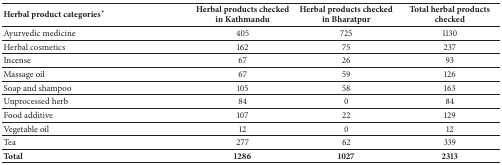
<table><thead><tr><td><b>Herbal product categories<sup>∗</sup></b></td><td><b>Herbal products checked in Kathmandu</b></td><td><b>Herbal products checked in Bharatpur</b></td><td><b>Total herbal products checked</b></td></tr></thead><tbody><tr><td>Ayurvedic medicine</td><td>405</td><td>725</td><td>1130</td></tr><tr><td>Herbal cosmetics</td><td>162</td><td>75</td><td>237</td></tr><tr><td>Incense</td><td>67</td><td>26</td><td>93</td></tr><tr><td>Massage oil</td><td>67</td><td>59</td><td>126</td></tr><tr><td>Soap and shampoo</td><td>105</td><td>58</td><td>163</td></tr><tr><td>Unprocessed herb</td><td>84</td><td>0</td><td>84</td></tr><tr><td>Food additive</td><td>107</td><td>22</td><td>129</td></tr><tr><td>Vegetable oil</td><td>12</td><td>0</td><td>12</td></tr><tr><td>Tea</td><td>277</td><td>62</td><td>339</td></tr><tr><td><b>Total</b></td><td><b>1286</b></td><td><b>1027</b></td><td><b>2313</b></td></tr></tbody></table>